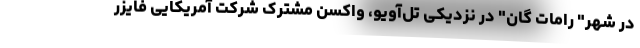
در شهر" رامات گان" در نزدیکی تل‌آویو، واکسن مشترک شرکت آمریکایی فایزر